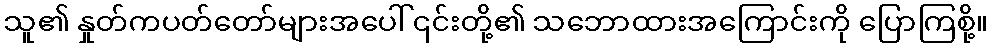
သူ၏ နှုတ်ကပတ်တော်များအပေါ် ၎င်းတို့၏ သဘောထားအကြောင်းကို ပြောကြစို့။